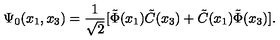
\Psi _ { 0 } ( x _ { 1 } , x _ { 3 } ) = \frac { 1 } { \sqrt { 2 } } [ \tilde { \Phi } ( x _ { 1 } ) \tilde { C } ( x _ { 3 } ) + \tilde { C } ( x _ { 1 } ) \tilde { \Phi } ( x _ { 3 } ) ] .